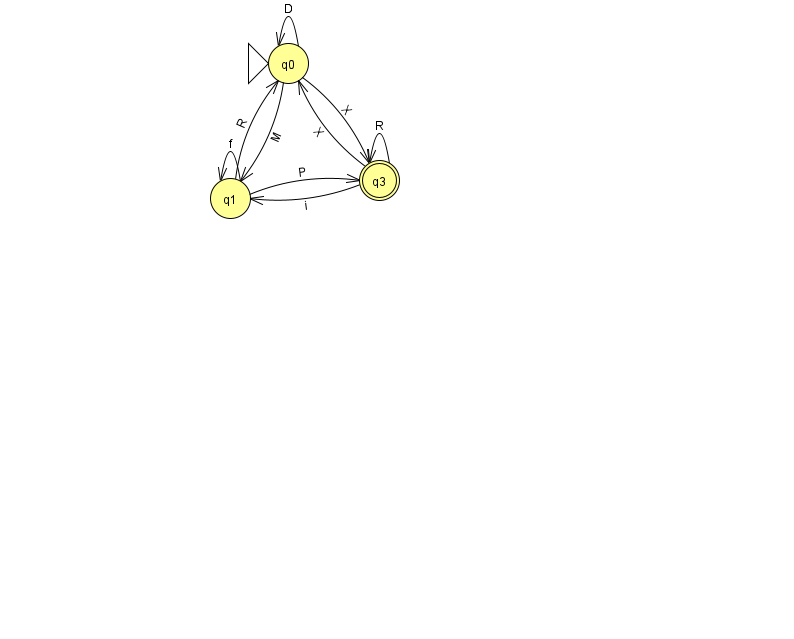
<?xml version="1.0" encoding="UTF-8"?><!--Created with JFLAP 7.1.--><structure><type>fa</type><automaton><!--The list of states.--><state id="0" name="q0"><x>288.0</x><y>50.0</y><initial/></state><state id="1" name="q1"><x>230.0</x><y>185.0</y></state><state id="3" name="q3"><x>379.0</x><y>167.0</y><final/></state><!--The list of transitions.--><transition><from>3</from><to>1</to><read>i</read></transition><transition><from>3</from><to>3</to><read>R</read></transition><transition><from>0</from><to>0</to><read>D</read></transition><transition><from>1</from><to>0</to><read>R</read></transition><transition><from>0</from><to>3</to><read>X</read></transition><transition><from>1</from><to>1</to><read>f</read></transition><transition><from>3</from><to>0</to><read>X</read></transition><transition><from>1</from><to>3</to><read>P</read></transition><transition><from>0</from><to>1</to><read>M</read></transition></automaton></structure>